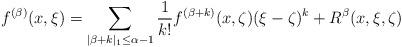
LaTeX: \begin{align*}f^{(\beta)}(x,\xi)=\sum_{|\beta+k|_1\leq \alpha-1}\frac{1}{k!}f^{(\beta+k)}(x,\zeta)(\xi-\zeta)^k+R^\beta(x,\xi,\zeta)\end{align*}